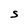
Character: S